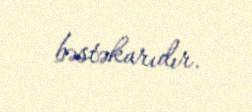
bəstəkarıdır.